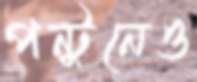
পন্টুনেও